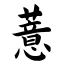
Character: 薏